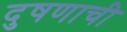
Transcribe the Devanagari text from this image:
दुषणाची